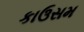
કાઉસમ